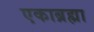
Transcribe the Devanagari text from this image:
एकाब्रह्मा